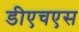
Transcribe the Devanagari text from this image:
डीएचएस